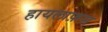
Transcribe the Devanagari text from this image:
हायलाफ़स